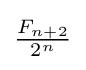
{\tfrac {F_{n+2}}{2^{n}}}